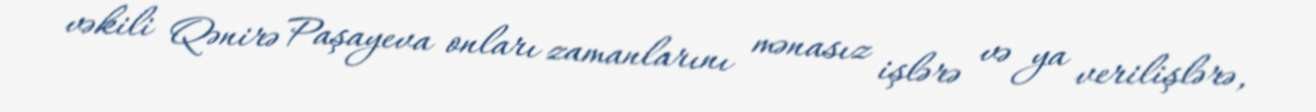
vəkili Qənirə Paşayeva onları zamanlarını mənasız işlərə və ya verilişlərə,